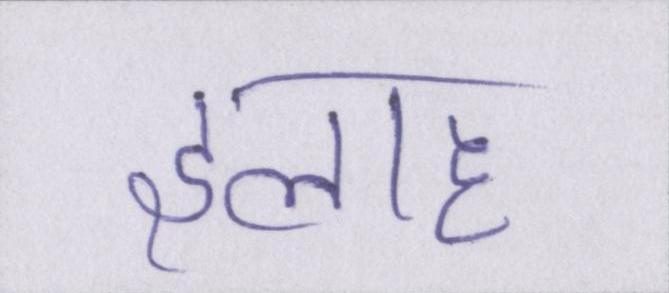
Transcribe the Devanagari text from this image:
इलाह